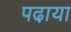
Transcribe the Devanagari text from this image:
पढा़या